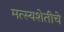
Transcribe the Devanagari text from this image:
मत्स्यशेतीचे